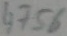
Text: 4756